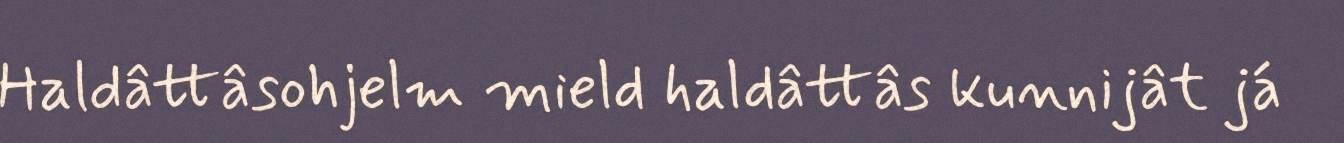
Haldâttâsohjelm mield haldâttâs kunnijât já